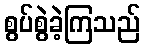
စွပ်စွဲခဲ့ကြသည်